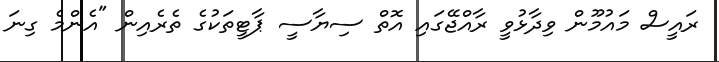
ރައީސް މައުމޫން ވިދާޅުވީ ރާއްޖޭގައި އޮތް ސިޔާސީ ޕާޓީތަކުގެ ތެރެއިން "އެންމެ ގިނަ